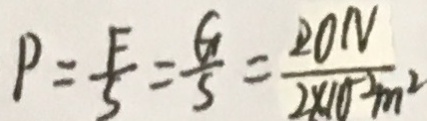
P = \frac { F } { 5 } = \frac { G } { 5 } = \frac { 2 0 N } { 2 \times 1 0 ^ { 2 } m ^ { 2 } }